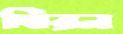
ঘিরন